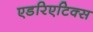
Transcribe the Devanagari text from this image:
एडरिएटिक्स